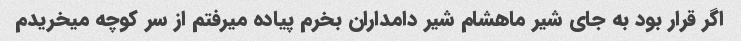
اگر قرار بود به جای شیر ماهشام شیر دامداران بخرم پیاده میرفتم از سر کوچه میخریدم